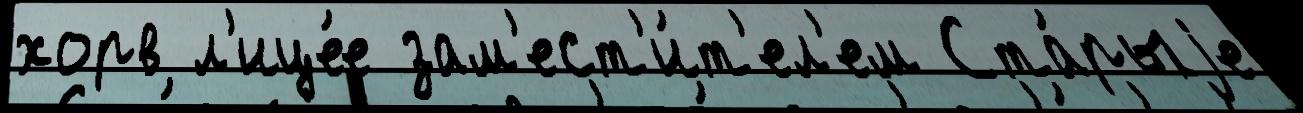
хорв л'ице́е зам'ест'и́т'ел'ем Ста́рыjе